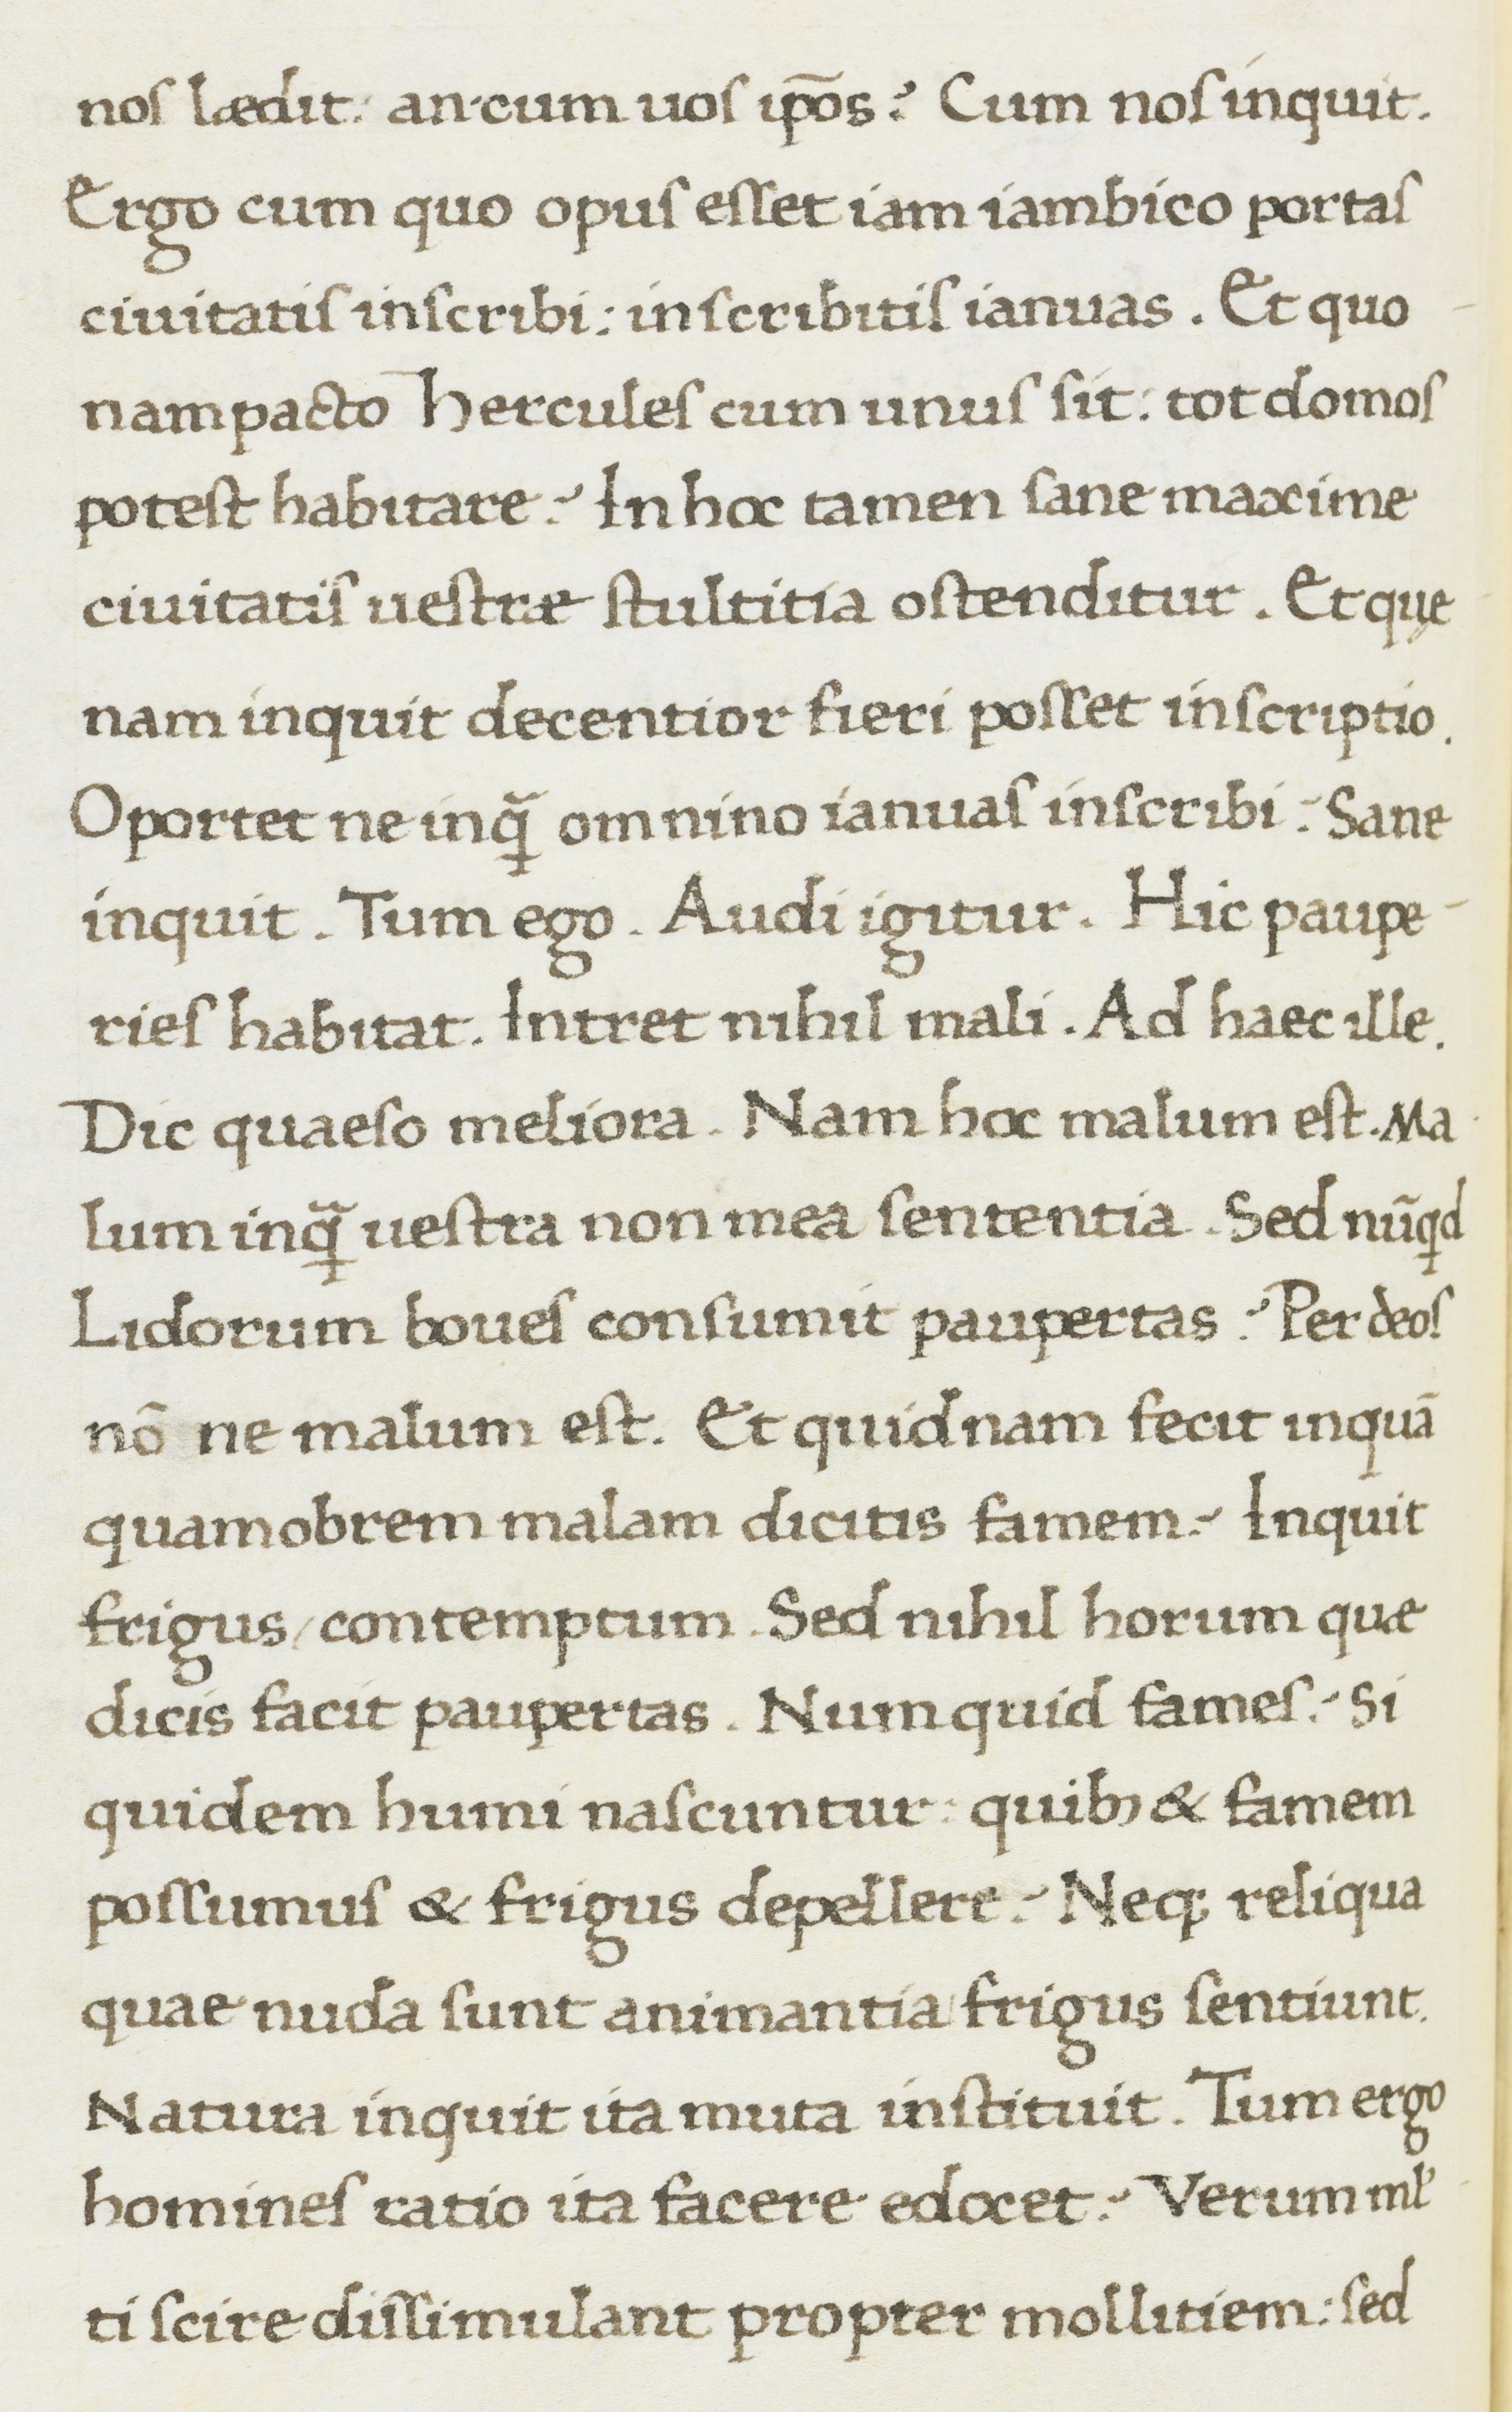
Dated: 1467–1468